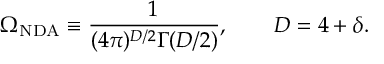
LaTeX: \Omega _ { \mathrm { N D A } } \equiv \frac { 1 } { ( 4 \pi ) ^ { D / 2 } \Gamma ( D / 2 ) } , \qquad D = 4 + \delta .